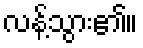
လန့်သွား၏။